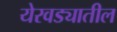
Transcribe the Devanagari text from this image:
येरवड्यातील